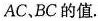
AC、BC的值.